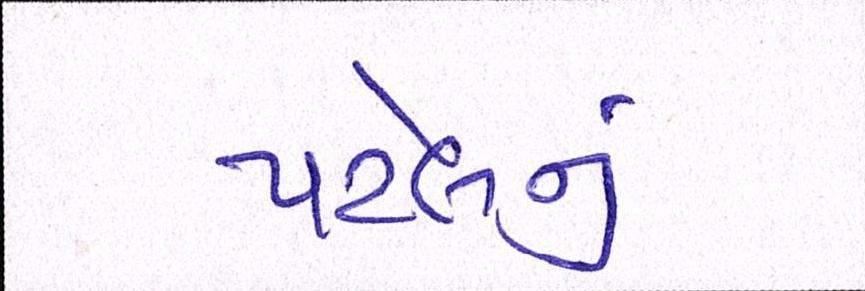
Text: પટેલનું